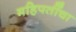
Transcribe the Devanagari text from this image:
महिपतींचा